Annual report of the Imperial Bacteriological Laboratory, Muktesar
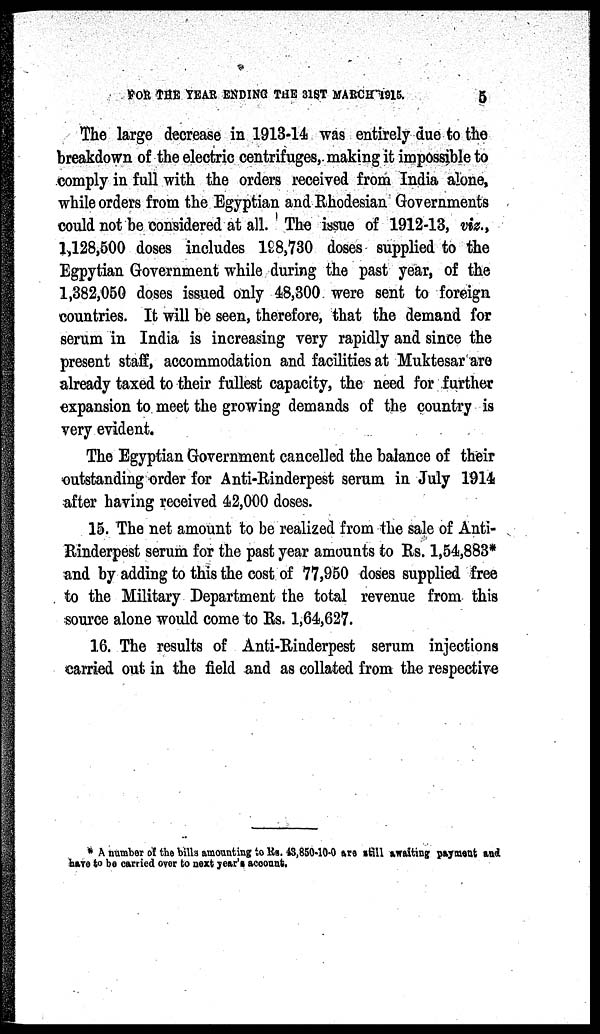
FOR THE YEAR ENDING THE 31ST MARCH 1915.
5
The large decrease in 1913-14 was entirely due to the
breakdown of the electric centrifuges, making it impossible to
comply in full with the orders received from India alone,
while orders from the Egyptian and Rhodesian Governments
could not be considered at all. The issue of 1912-13, viz.,
1,128,500 doses includes 198,730 doses supplied to the
Egpytian Government while during the past year, of the
1,382,050 doses issued only 48,300 were sent to foreign
countries. It will be seen, therefore, that the demand for
serum in India is increasing very rapidly and since the
present staff, accommodation and facilities at Muktesar are
already taxed to their fullest capacity, the need for further
expansion to meet the growing demands of the country is
very evident.
The Egyptian Government cancelled the balance of their
outstanding order for Anti-Rinderpest serum in July 1914
after having received 42,000 doses.
15. The net amount to be realized from the sale of Anti-
Rinderpest serum for the past year amounts to Rs. 1,54,883*
and by adding to this the cost of 77,950 doses supplied free
to the Military Department the total revenue from this
source alone would come to Rs. 1,64,627.
16. The results of Anti-Rinderpest serum injections
carried out in the field and as collated from the respective
* A number of the bills amounting to Rs. 43,850-10-0 are still awaiting payment and
have to be carried over to next year's account.